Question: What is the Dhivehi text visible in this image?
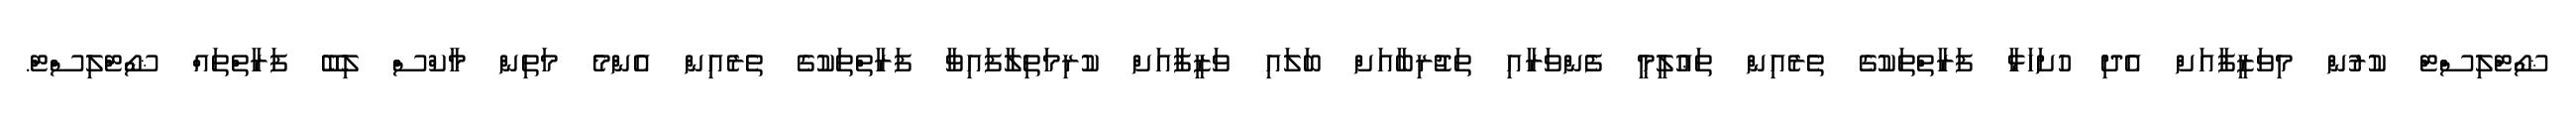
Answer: ޝޯޓްލިސްޓް ކުރުން މިވަޒީފާއަށް އެދި ހުށަހަޅާ ފަރާތްތަކުގެ ތެރެއިން ތަޢުލީމީ ފެންވަރާއި ތަޖުރިބާއަށް ބަލައި ވަޒީފާއަށް ކުރިމަތިލާފައިވާ ފަރާތްތަކުގެ ތެރެއިން އެންމެ މަތިން މާކްސް ލިބޭ ފަރާތްތައް ޝޯޓްލިސްޓް.